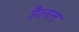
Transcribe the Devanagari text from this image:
हैलल